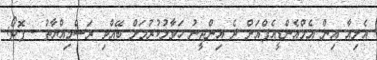
އެލިއާ އިން އެމްއެންޑީއެފްއަށް ދެ އިންޖީނު ހަވާލުކުރުމަށް ބޭއްވި ރަސްމިއްޔާތު - ފޮޓޯ: